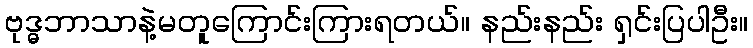
ဗုဒ္ဓဘာသာနဲ့မတူကြောင်းကြားရတယ်။ နည်းနည်း ရှင်းပြပါဦး။